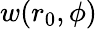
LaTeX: w(r_{0},\phi)